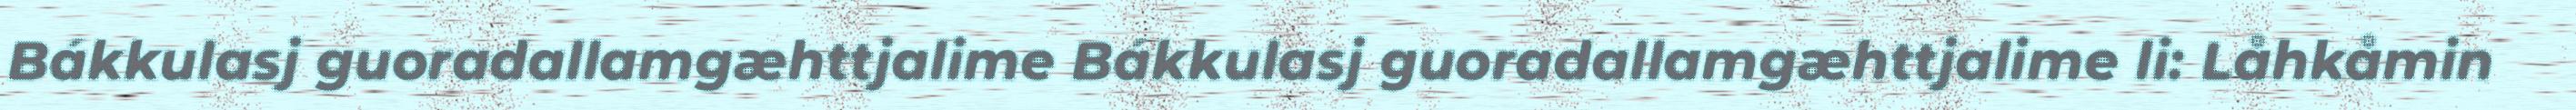
Bákkulasj guoradallamgæhttjalime Bákkulasj guoradallamgæhttjalime li: Låhkåmin